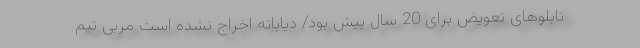
تابلوهای تعویض برای 20 سال پیش بود/ دیاباته اخراج نشده است مربی تیم